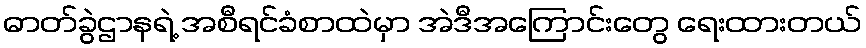
ဓာတ်ခွဲဌာနရဲ့ အစီရင်ခံစာထဲမှာ အဲဒီအကြောင်းတွေ ရေးထားတယ်